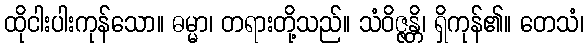
ထိုငါးပါးကုန်သော။ ဓမ္မာ၊ တရားတို့သည်။ သံဝိဇ္ဇန္တိ၊ ရှိကုန်၏။ တေသံ၊